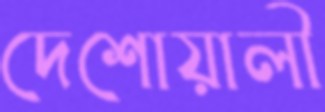
দেশোয়ালী